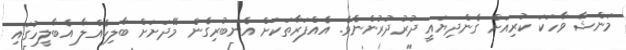
މަންޝާ ވާހަކަ ކުރިއަށް ގެންދިޔައީ ދުރުދުރުންނެވެ. އެއްފަރާތަކަށް އެނބުރިގެން މޭދަށަށް ބާލިހެއްލާ އެބާލީހުގައި